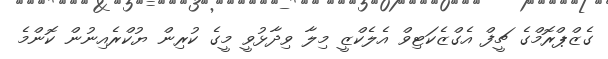
ގެޒްޕްރޮމްގެ ޗީފް އެގްޒެކަޓިވް އެލެކްޒީ މިލާ ވިދާޅުވީ މީގެ ކުރިން ޔުކްރެއިނުން ކޮންމެ